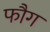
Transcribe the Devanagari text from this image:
फौग